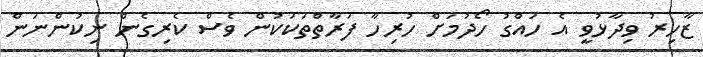
ޒާހިރު ވިދާޅުވީ އެ ހައްގު ހޯދުމަށް ހުރިހާ ފަރާތްތަކަކުން ވެސް ކެރިގެން ނިކުންނަން